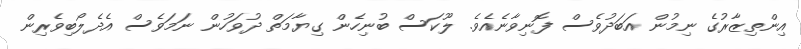
އިންތިޒާރުގެ ނިމުން އަބަދުވެސް ފޮނިވާނެއެވެ. ލޫކަސް ބުނިހެން ގިޔާމަތް ދުވަހުން ނަމަވެސް އެދެލޯބިވެރިން